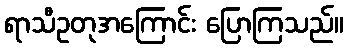
ရာသီဥတုအကြောင်း ပြောကြသည်။